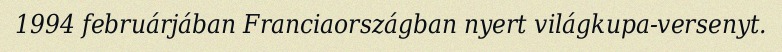
1994 februárjában Franciaországban nyert világkupa-versenyt.